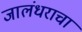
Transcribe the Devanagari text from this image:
जालंधराचा